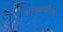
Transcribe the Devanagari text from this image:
उमरखाडीमध्ये